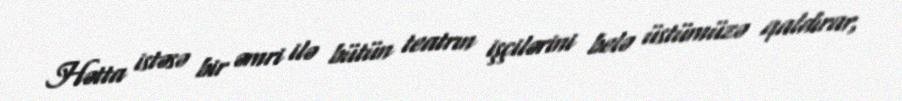
Hətta istəsə bir əmri ilə bütün teatrın işçilərini belə üstümüzə qaldırar,